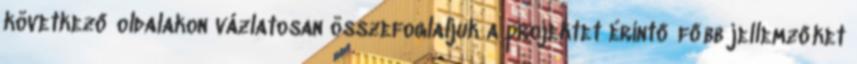
következő oldalakon vázlatosan összefoglaljuk a projektet érintő főbb jellemzőket